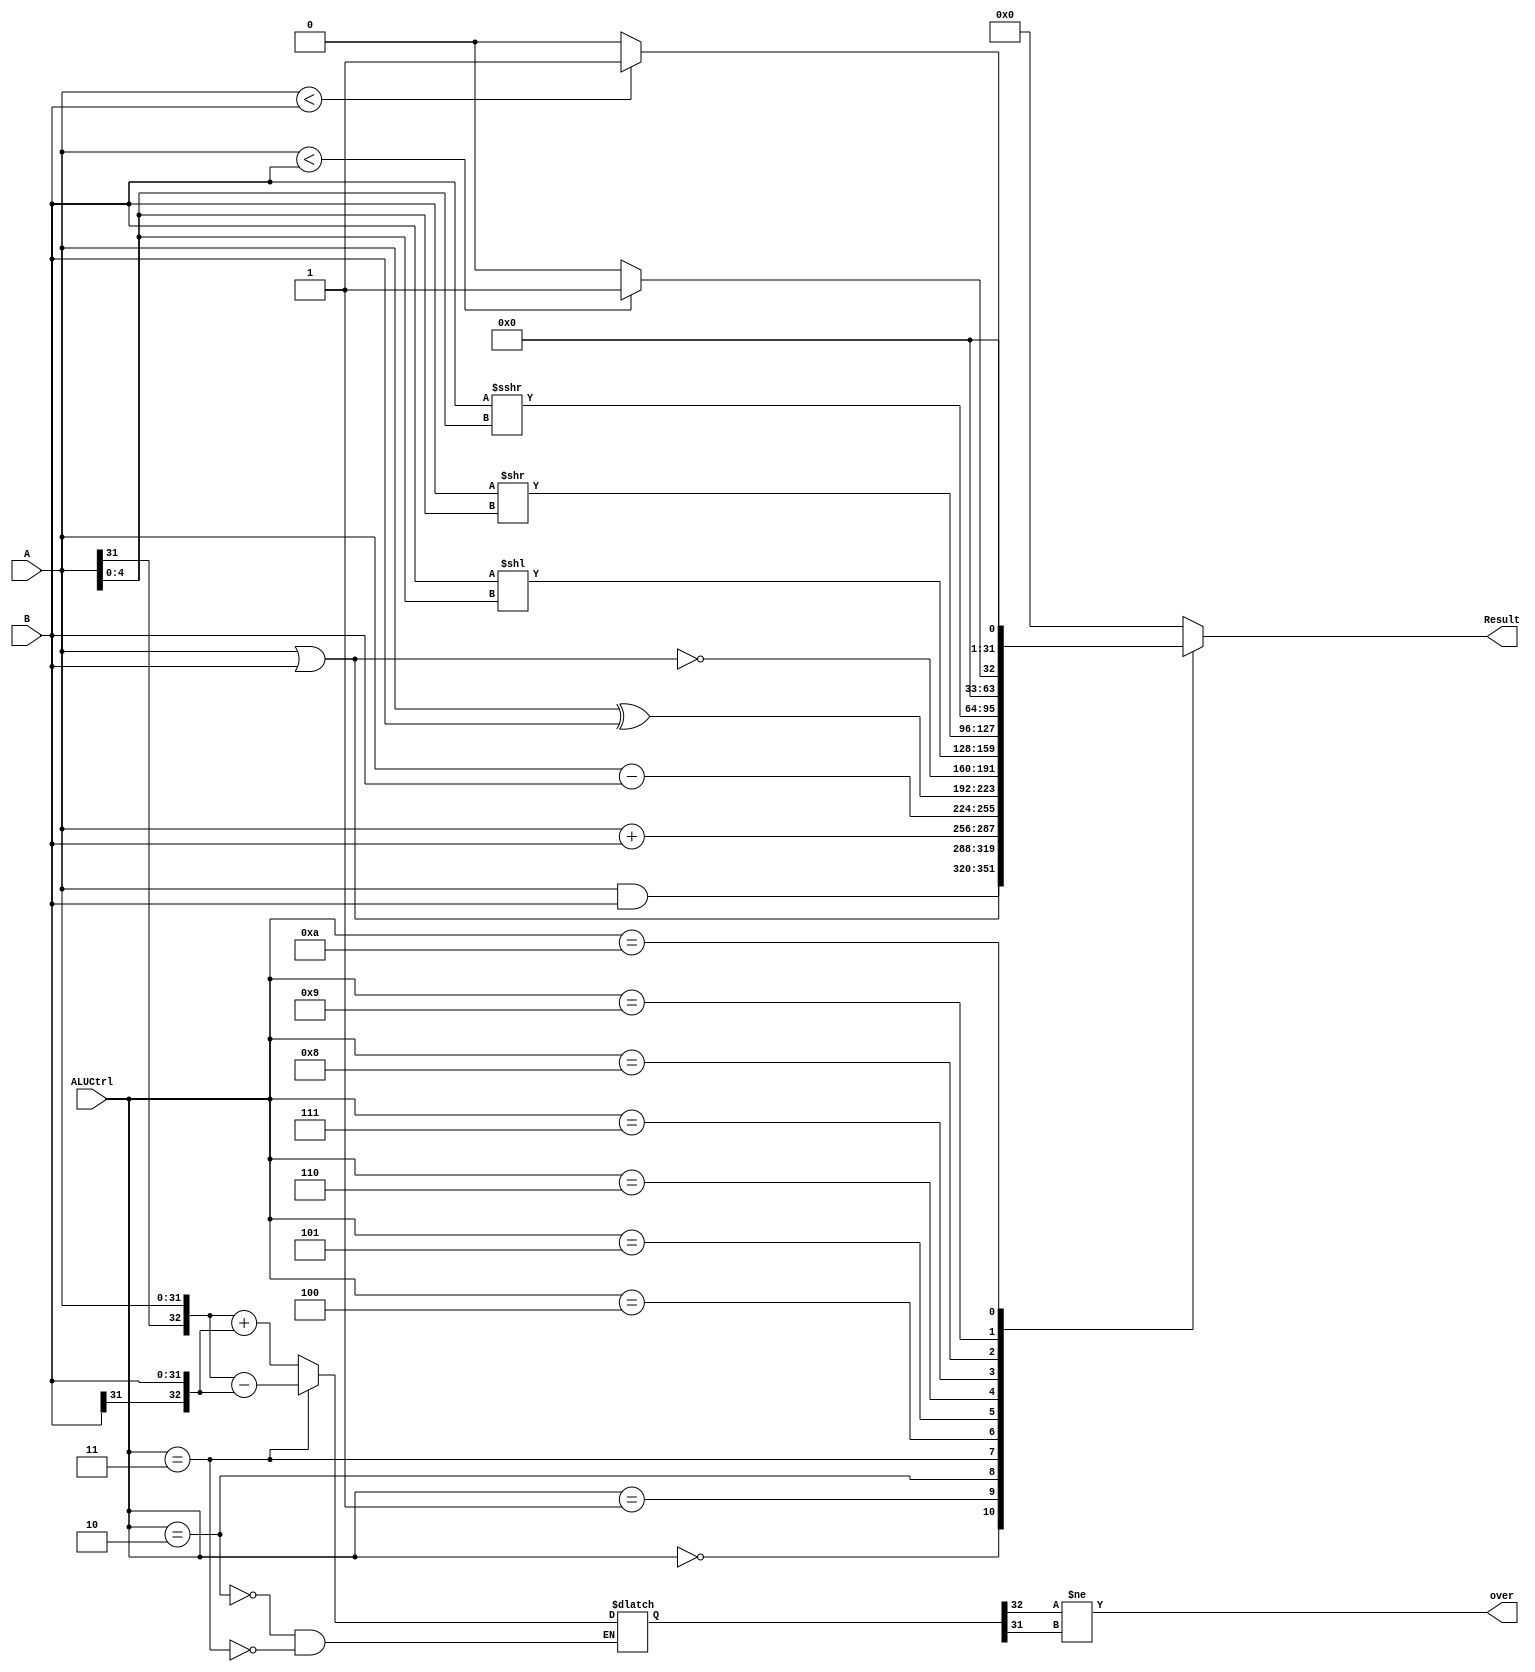
`timescale 1ns / 1ps
//////////////////////////////////////////////////////////////////////////////////
// Company: 
// Engineer: 
// 
// Design Name: 
// Module Name:    alu 
// Project Name: 
// Target Devices: 
// Tool versions: 
// Description: 
//
// Dependencies: 
//
// Revision: 
// Revision 0.01 - File Created
// Additional Comments: 
//
//////////////////////////////////////////////////////////////////////////////////
module alu(
    input [31:0] A,
    input [31:0] B,
    input [3:0] ALUCtrl,
    output reg[31:0] Result,
	 output over
    );

	reg[32:0] temp;
	
	assign over = (temp[32]!=temp[31]);
	
	always@(*) begin
		case(ALUCtrl) 
			4'b0000: begin
				Result = A & B;
			end
			4'b0001: begin
				Result = A | B;
			end
			4'b0010: begin
				temp = {A[31],A[31:0]} + {B[31],B[31:0]};
				Result = A + B;
			end
			4'b0011: begin
				temp = {A[31],A[31:0]} - {B[31],B[31:0]};
				Result = A - B;
			end
			4'b0100: begin
				Result = A^B;
			end
			4'b0101: begin
				Result = ~(A|B);
			end
			4'b0110: begin//sll sllv 
				Result = B << A[4:0];
			end
			4'b0111: begin//srl srlv 
				Result = B >> A[4:0];
			end
			4'b1000: begin//sra srav 
				Result = $signed($signed(B) >>> A[4:0]);
			end
			4'b1001: begin
				Result = ($signed(A)<$signed(B)) ? 32'b1 : 32'b0;
			end
			4'b1010: begin
				Result = (A<B) ? 32'b1 : 32'b0;
			end
			default: begin
				Result = 0;
			end
		endcase
	end
	
endmodule